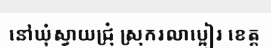
នៅឃុំស្វាយជ្រុំ ស្រុករលាប្អៀរ ខេត្ត